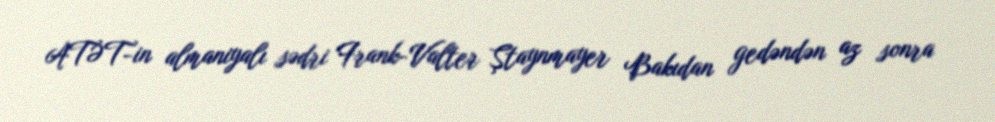
ATƏT-in almaniyalı sədri Frank-Valter Ştaynmayer Bakıdan gedəndən az sonra